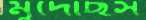
মুদেছিস